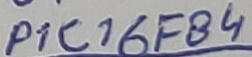
Text: P1C16F84